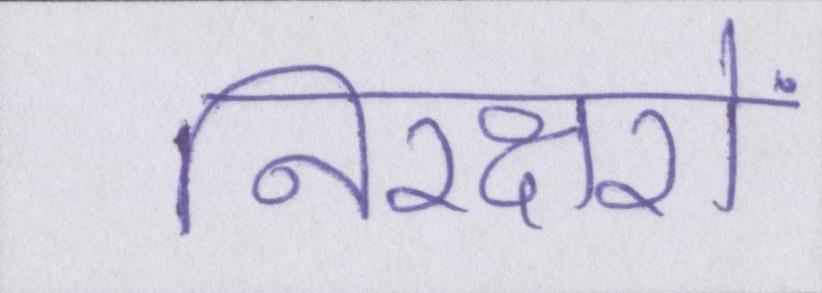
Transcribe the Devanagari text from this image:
निरक्षरों